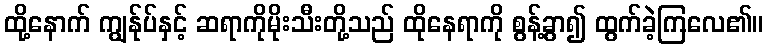
ထို့နောက် ကျွန်ုပ်နှင့် ဆရာကိုမိုးသီးတို့သည် ထိုနေရာကို စွန့်ခွာ၍ ထွက်ခဲ့ကြလေ၏။